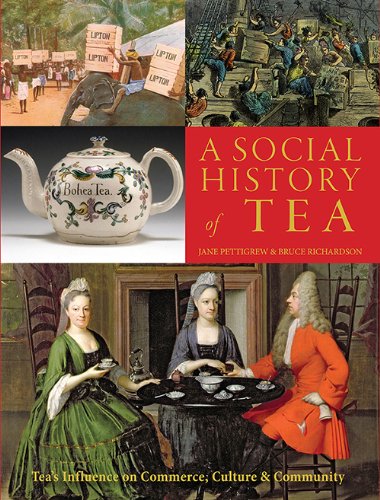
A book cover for A Social History of Tea - Expanded Edition; Jane Pettigrew; Cookbooks, Food & Wine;